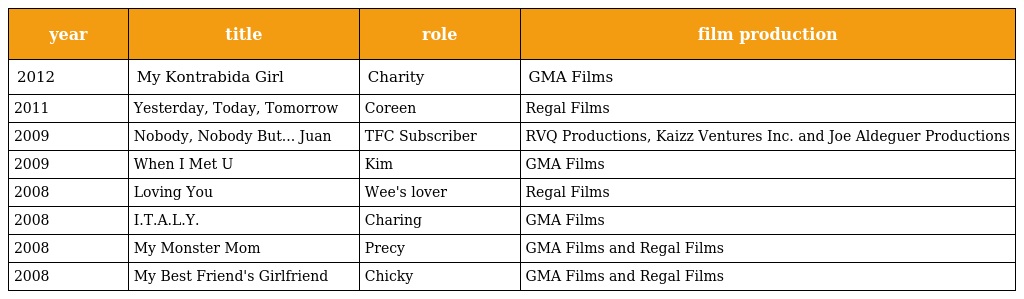
| year | title | role | film production |
 | --- | --- | --- | --- |
 | 2012 | My Kontrabida Girl | Charity | GMA Films |
 | 2011 | Yesterday, Today, Tomorrow | Coreen | Regal Films |
 | 2009 | Nobody, Nobody But... Juan | TFC Subscriber | RVQ Productions, Kaizz Ventures Inc. and Joe Aldeguer Productions |
 | 2009 | When I Met U | Kim | GMA Films |
 | 2008 | Loving You | Wee's lover | Regal Films |
 | 2008 | I.T.A.L.Y. | Charing | GMA Films |
 | 2008 | My Monster Mom | Precy | GMA Films and Regal Films |
 | 2008 | My Best Friend's Girlfriend | Chicky | GMA Films and Regal Films |